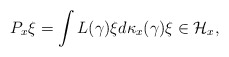
\begin{gather*}P_x\xi=\int L(\gamma)\xi d\kappa_x(\gamma)\xi\in {\mathcal H}_x,\end{gather*}